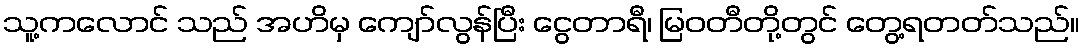
သူ့ကလောင် သည် အဟိမှ ကျော်လွန်ပြီး ငွေတာရီ၊ မြဝတီတို့တွင် တွေ့ရတတ်သည်။